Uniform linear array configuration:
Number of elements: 32
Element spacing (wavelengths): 1
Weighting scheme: blackman
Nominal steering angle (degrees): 60
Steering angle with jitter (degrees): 61.946
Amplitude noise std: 0.05
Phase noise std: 0.05

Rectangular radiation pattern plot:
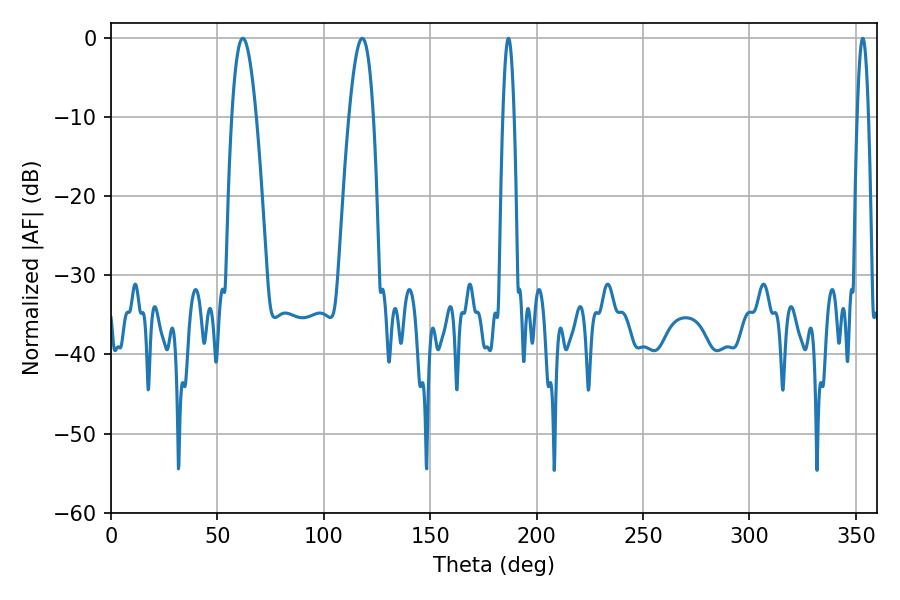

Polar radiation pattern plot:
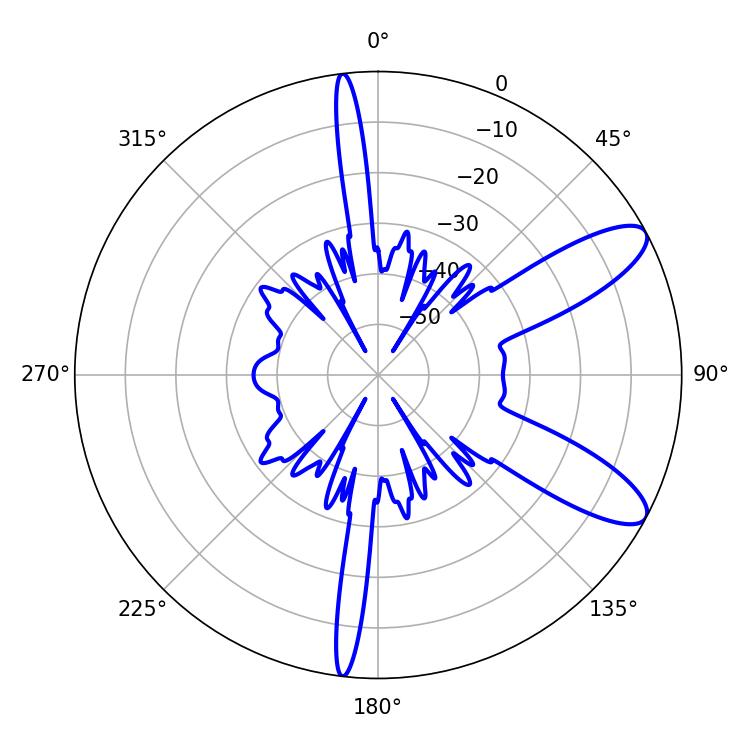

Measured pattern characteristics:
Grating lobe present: TRUE
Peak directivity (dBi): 10.062
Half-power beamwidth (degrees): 6.12
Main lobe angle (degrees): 61.92